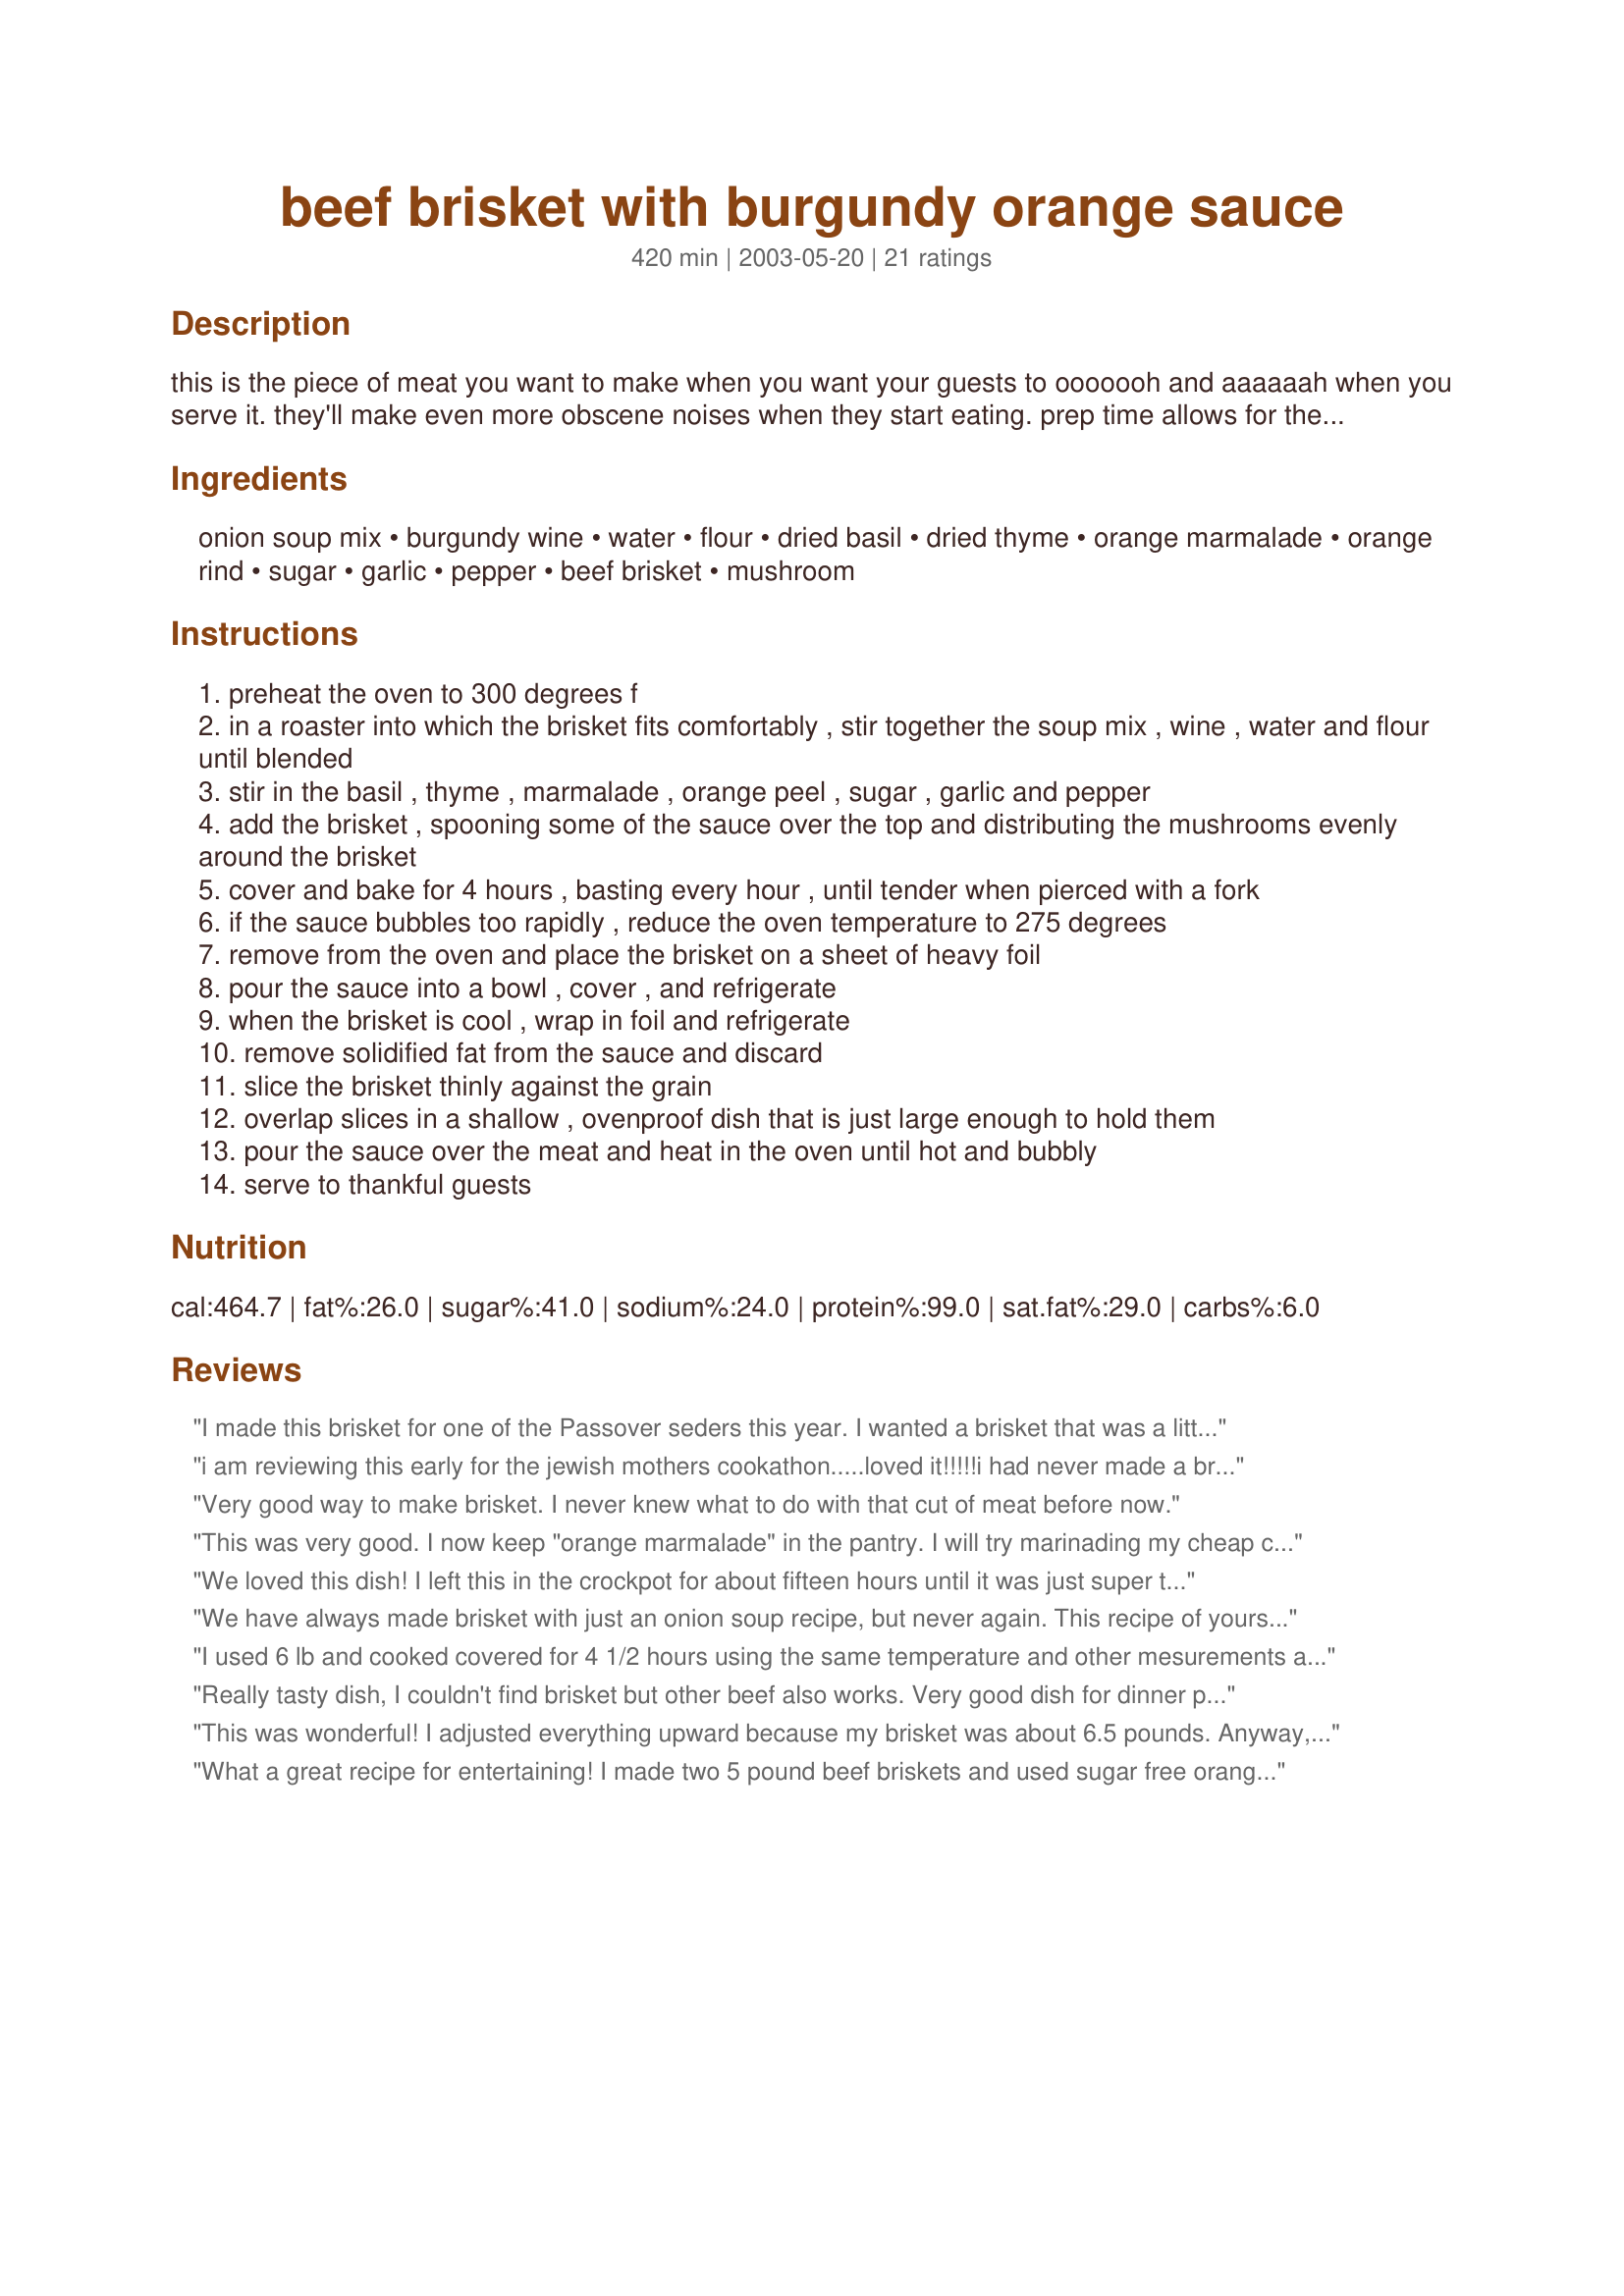
beef brisket with burgundy orange sauce
Preparation time: 420 minutes

this is the piece of meat you want to make when you want your guests to ooooooh and aaaaaah when you serve it. they'll make even more obscene noises when they start eating. prep time allows for the meat and sauce to cool.

Ingredients:
onion soup mix, burgundy wine, water, flour, dried basil, dried thyme, orange marmalade, orange rind, sugar, garlic, pepper, beef brisket, mushroom

Steps:
preheat the oven to 300 degrees f
in a roaster into which the brisket fits comfortably , stir together the soup mix , wine , water and flour until blended
stir in the basil , thyme , marmalade , orange peel , sugar , garlic and pepper
add the brisket , spooning some of the sauce over the top and distributing the mushrooms evenly around the brisket
cover and bake for 4 hours , basting every hour , until tender when pierced with a fork
if the sauce bubbles too rapidly , reduce the oven temperature to 275 degrees
remove from the oven and place the brisket on a sheet of heavy foil
pour the sauce into a bowl , cover , and refrigerate
when the brisket is cool , wrap in foil and refrigerate
remove solidified fat from the sauce and discard
slice the brisket thinly against the grain
overlap slices in a shallow , ovenproof dish that is just large enough to hold them
pour the sauce over the meat and heat in the oven until hot and bubbly
serve to thankful guests

Reviews:
I made this brisket for one of the Passover seders this year. I wanted a brisket that was a little different this year. This recipe was different in such a great way. Everyone loved the brisket! I had to quadruple the recipe, but I didn't have room in the pans for four pounds of mushrooms so I only used two pounds. I wish I had had more room. I removed the cooked mushrooms from the sauce and served them on the side. The mushrooms were devoured very quickly. They tasted much "orangier" than the brisket or the sauce itself. I also only used one bottle of wine (about 3 to 3 1/2 cups)and added a little water to increase the liquid. Thanks for the recipe!
i am reviewing this early for the jewish mothers cookathon.....loved it!!!!!i had never made a brisket so i had no idea what to expect. the sauce was fabulous and next time i will make this with caryn gales barley pilaf---this is just the complement i was looking for when i reviewed her recipe.
Very good way to make brisket. I never knew what to do with that cut of meat before now.
This was very good. I now keep "orange marmalade" in the pantry. I will try marinading my cheap cuts next time as Kishka stated. This is a keeper. Thank you Mirj.
We loved this dish! I left this in the crockpot for about fifteen hours until it was just super tender and delicious. I also used apricot jelly instead of the orange marmalade and increased the onion soup mix a bit. I also left out the basil since some in the fam don't care for it but we didn't miss it at all as it was absolutely delicious.
We have always made brisket with just an onion soup recipe, but never again. This recipe of yours is sooooooo delicious, that I actually rate it 10 STARS ********** or even more! It's a perfect recipe as written. By the way, we used a 40 year old Burgundy when making it. Thanks for posting this recipe.
I used 6 lb and cooked covered for 4 1/2 hours using the same temperature and other mesurements and it was soo tender, I had to cool it down to cut it up, otherwise it was falling apart.
Really tasty dish, I couldn't find brisket but other beef also works.
Very good dish for dinner parties as it can mostly be prepared in advace.
This was wonderful! I adjusted everything upward because my brisket was about 6.5 pounds. Anyway, made this for Rosh Hashana. We are not Jewish but still like to celebrate the holidays of other religions/cultures--partly to teach our son (& ourselves--I have to research ALOT:) other traditions/symbolisms, but it is also great fun. Anyway, sent leftovers home with a friend, she shared with her friends the next day & they raved also. So, basically, LOTS of pleased folks with this dish. Thanks so much.
What a great recipe for entertaining! I made two 5 pound beef briskets and used sugar free orange marmalade....everyone went nuts for it! We loved it!
This was absolutely wonderful, all the flavors were just right. Not too salty or too much orange.
The other good thing about this dish is that you can make it in advance for a dinner party! I might consider to serve the mushrooms on the side next time, just to keep the sauce flavors more concentrated.
I've made this a few times, and it's always a success. Mirjam, if you see this any time soon, what do you think of subbing Honey for marmalade and adding more rind? (a) don't want to have a half-full jar of the stuff and (b) 'tis the Season...
oooooooh aaaahhhhhhhh on this one!
I was worried after paying $32.00 for my hunk of brisket and never cooking a brisket before! Would the $5.00 ham be just as good? It was sooooo worth the money to make this recipe for our easter dinner this year. I made the brisket the night before. I followed the ingredients just as written. The next day of the party I sliced it and cooked it for an hour on 350 to warm it through. Beautiful, melt in your mouth flavor. It went great with the 3 cheese spinich casserole on this site. Mashed potatoes and california medley steamed veggies!!!! So simple to make having it all done the day before guest arrived!
Delicious recipe. Unique, mild-orange flavor. Perfectly done.
Woooooooh hooooooooooo, this was one of the best beef briskets I had ever made. I had a dinner of around 30, and every single one of the guests commented on how delicious the brikest was. Unfortunately, we did not have any left overs for us. It was wonderful.
It was well done. Very Consice. Had to alter it a bit per household ingredients, and it turned out pretty good. We may have this again Next Year.
Great recipe, Mirj! I have made it twice so far, and it has been a hit both times. Before cooking the meat I marinated it for a day in a concoction I made up of sauteed onion and garlic simmered with wine, marmalade, sugar and chunks of orange (I removed the orange chunks before pouring the marinating the brisket so the orange flavor wouldn't overwhelm). I think the mushrooms work wonderfully and added even more the second time I made it. Thanks again!
I had such high hopes for this, it smelled absolutely delicious while cooking and looked amazing, however it did not taste as good as it smelled. Actually it tasted sort of bland in comparison. I made it as published, although instead of cooking it in the oven I did it in the crock-pot for 7 hours on low. Thanks for sharing, hopefully it was my error of cooking it in the crock-pot that made it not so tasty, if so maybe this review will stop someone else from making the same error.
This dish makes a great presentation. Smells fabulous while it is cooking. I pretty much followed the recipe using a 3 pound brisket. I didn't have dried basil so I used fresh. I also used sugar free orange marmalade. The only other thing different that I did was to uncover the brisket during the last hour of cooking so it would brown up nicely. 

The mushrooms really soaked up the sauce during cooking. You could really taste the orange in the mushrooms.

This is a fabulous dish and I will make this again. Thanks for posting!
Outstanding!! I am not a beef fan... and I never thought I'd find a recipe for a piece of beef that I love -- but this is it! I was so surprised at how much hubby and I just loved this! The orange sauce / beef combination was absolutely delicious. I made this with Roasted Squash, Potatoes, Shallots Herbs by Rita L #81544, and they went so well with the brisket and sauce. Thanks so much for the delicious recipe! Dianne
Served this for a dinner party for 25 on the buffet and everyone wanted the recipe. It is wonderful and very easy. Fixing it a day ahead of time makes it convenient for parties.
